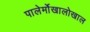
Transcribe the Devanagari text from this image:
पालेर्मोखालोखाल